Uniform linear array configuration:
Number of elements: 24
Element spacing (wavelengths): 1
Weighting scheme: binomial
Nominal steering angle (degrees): -60
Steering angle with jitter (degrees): -61.815
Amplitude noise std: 0.05
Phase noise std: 0.05

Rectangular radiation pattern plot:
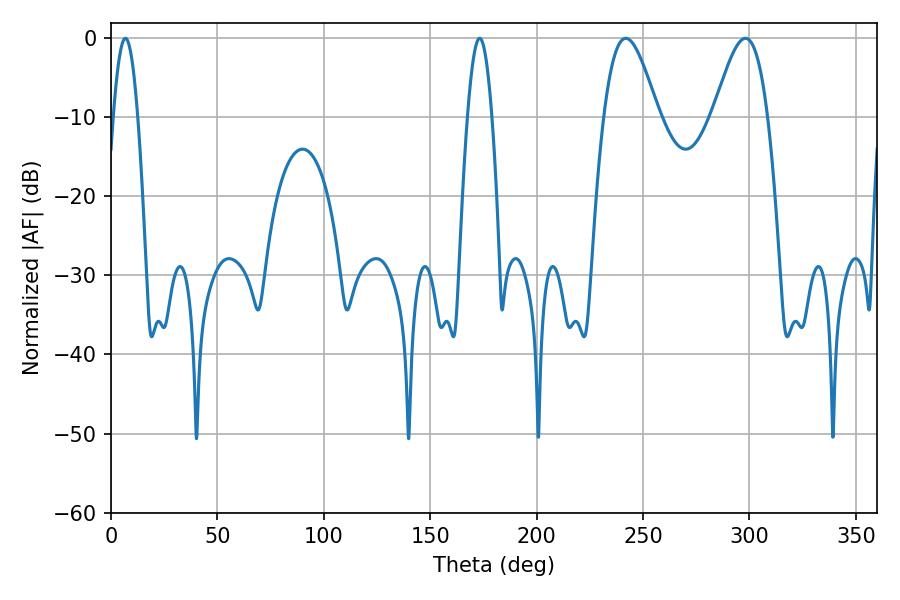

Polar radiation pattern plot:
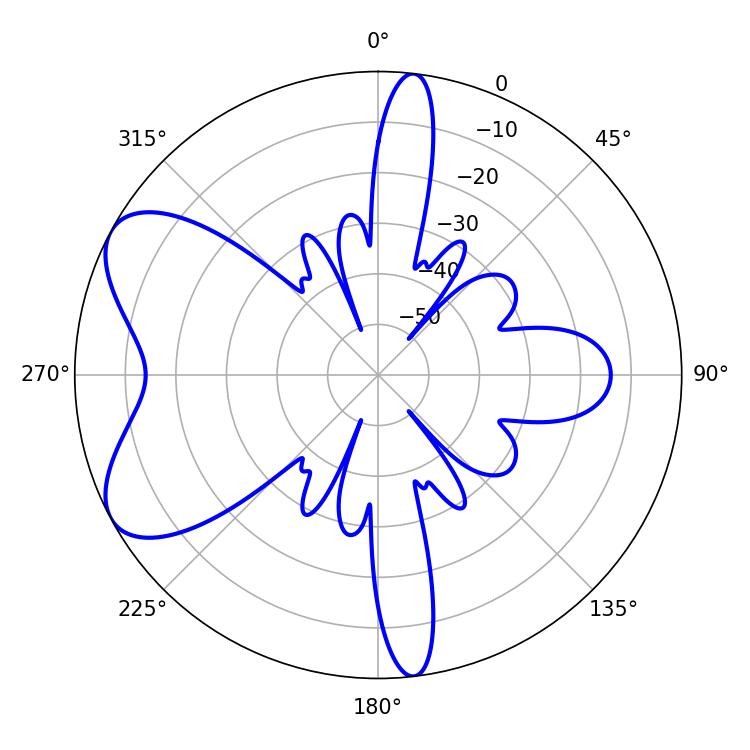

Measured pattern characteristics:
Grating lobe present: TRUE
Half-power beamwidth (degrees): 13.68
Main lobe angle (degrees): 241.92